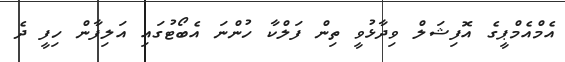
އެމްއެމްޕީގެ އޮފިޝަލް ވިދާޅުވީ ތިން ފަލްކާ ހުންނަ އެބޯޓުގައި އަލިފާން ހިފީ ދެ